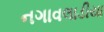
નગાવલાડીયા